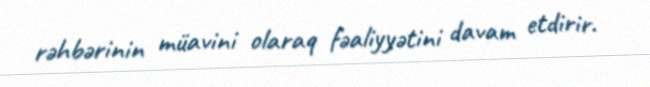
rəhbərinin müavini olaraq fəaliyyətini davam etdirir.